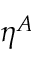
\eta ^ { A }